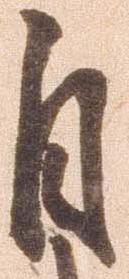
自